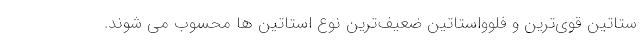
ستاتین قوی‌ترین و فلوواستاتین ضعیف‌ترین نوع استاتین ها محسوب می شوند.